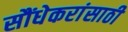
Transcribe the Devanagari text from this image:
सौंधेकरांसाठी